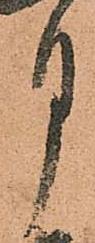
月